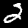
Label: 2